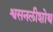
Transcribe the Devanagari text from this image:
श्वसनलीशोथ